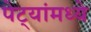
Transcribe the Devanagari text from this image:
पेट्यांमध्ये